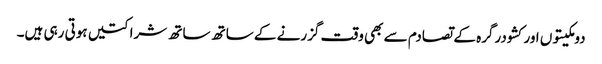
دومکیتوں اور کشودرگرہ کے تصادم سے بھی وقت گزرنے کے ساتھ ساتھ شراکتیں ہوتی رہی ہیں۔